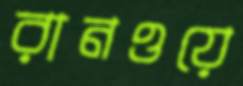
রানওয়ে